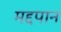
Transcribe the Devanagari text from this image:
मद्दपान